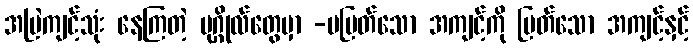
အမြဲကျင့်သုံး နေကြတဲ့ ပုဂ္ဂိုလ်တွေမှာ -မမြတ်သော အကျင့်ကို မြတ်သော အကျင့်နှင့်